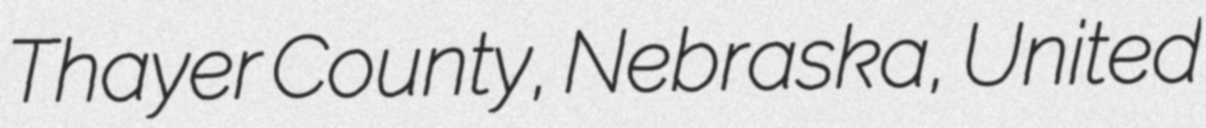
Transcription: Thayer County, Nebraska, United